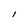
Character: l